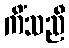
ကိံသညီ